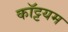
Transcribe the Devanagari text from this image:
कॉट्टयम